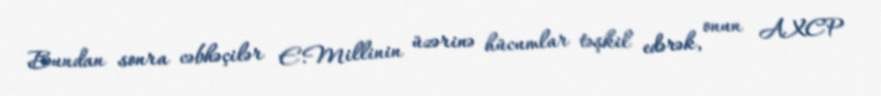
Bundan sonra cəbhəçilər E.Millinin üzərinə hücumlar təşkil edərək, onun AXCP